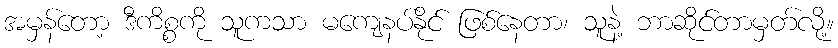
အမှန်တော့ ဒီကိစ္စကို သူကသာ မကျေနပ်နိုင် ဖြစ်နေတာ၊ သူနဲ့ ဘာဆိုင်တာမှတ်လို့။